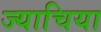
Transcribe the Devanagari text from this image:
ज्याचिया